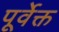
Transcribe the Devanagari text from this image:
पूर्वेक्त